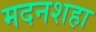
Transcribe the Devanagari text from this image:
मदनशहा